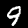
Label: 9